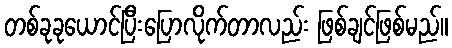
တစ်ခုခုယောင်ပြီးပြောလိုက်တာလည်း ဖြစ်ချင်ဖြစ်မည်။